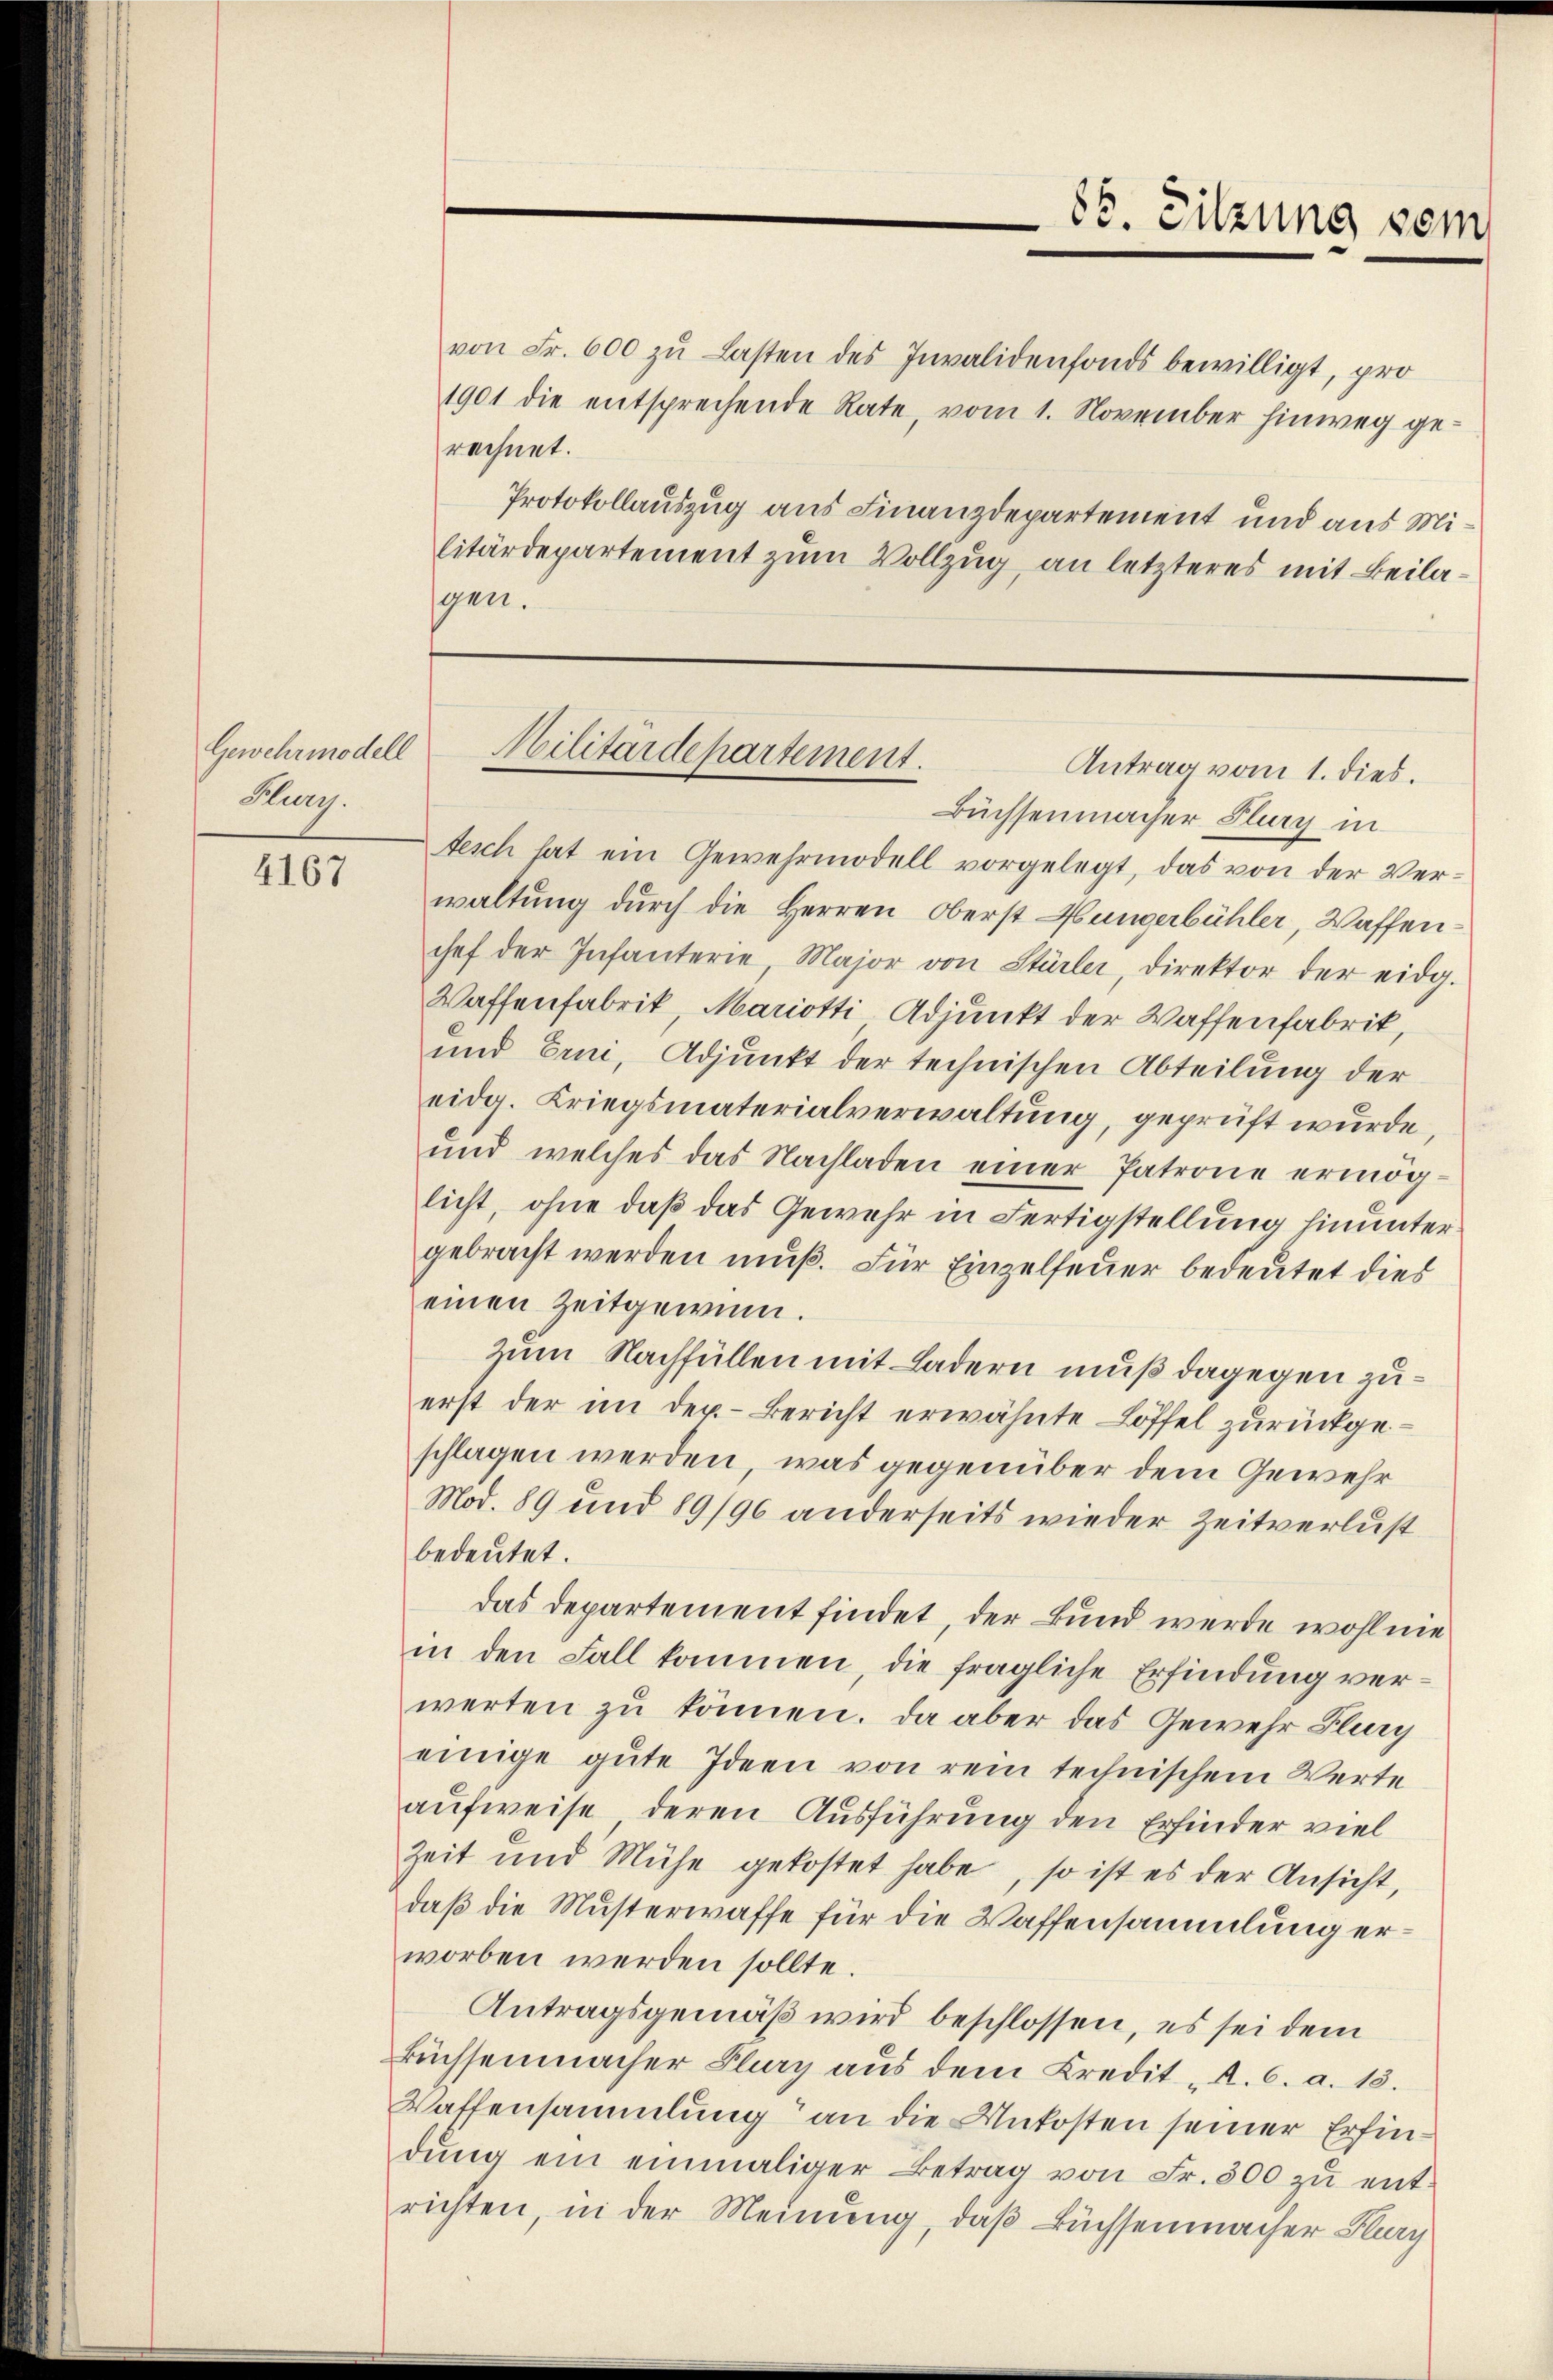
Gewehrmodell
Hury.

4167

von Fr. 600 zŭ Lasten des Invalidenfonds bewilligt, pro
1901 die entsprechende Rate, vom 1. November hinweg gerechnet.
Protokollauszug aus Finanzdepartement und aus Militärdepartement zum Vollzug, an letzteres mit Beilasgen.

86. Sitzung sein

Militärdepartement.
Antrag vom 1. dies.

Büchsenmacher Flury in
tesch hat ein Gewehrmodell vorgelegt, das von der Verwaltung durch die Herren Oberst Hungerbühler, Waffenchef der Infanterie, Major von Stürler, direktor der eidg.
Waffenfabrik, Mariotti Adjunkt der Waffenfabrik,
und Erni, Adjunkt der technischen Abteilung der
eidg. Kriegsmaterialverwaltung, geprüft wurde,
und welches das Nachladen einer Patrone ermög
licht, ohne daß das Gewehr in Fertigstellung hinunter
gebracht werden muß. Für Einzelfeuer bedeutet dies
einen Zeitgewinn.
zum Nachfüllen mit Ladern muß dagegen zuerst der in der Bericht erwähnte Löffel zurückgeschlagen werden, was gegenüber dem Gewehr
Mod. 89 und 89/96 anderseits wieder Zeitverlust
bedeutet.
das Departement findet, der Bund werde wohl nie
in den Fall kommen, die fragliche Erfindung verwerten zu können. Da aber das Gewehr Flury
einige gute Ideen von rein technischem Werte
aufweise, deren Ausführung den Erfinder viel
Zeit und Mühe gekostet habe, so ist es der Ansicht,
daß die Musterwaffe für die Waffensammlung erworben werden sollte.
Antragsgemäß wird beschlossen, es sei dem
küchsenmacher Flury aus dem Kredit „A.C. a. 13.
Waffensammlung an die Unkosten seiner Erfindŭng ein einmaliger Betrag von Fr. 500 zŭ ent-
richten, in der Meinung, daß Büchsenmacher Flury